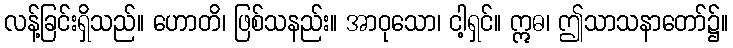
လန့်ခြင်းရှိသည်။ ဟောတိ၊ ဖြစ်သနည်း။ အာဝုသော၊ ငါ့ရှင်။ ဣဓ၊ ဤသာသနာတော်၌။